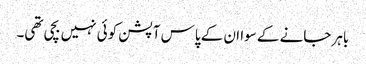
باہر جانے کے سوا ان کے پاس آپشن کوئی نہیں بچی تھی۔